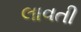
લાવતી